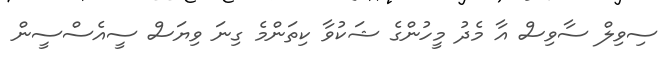
ސިވިލް ސާވިސް އާ މެދު މީހުންގެ ޝަކުވާ ކިތަންމެ ގިނަ ވިޔަސް ސީއެސްސީން